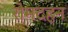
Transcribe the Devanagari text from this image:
रोमदहन